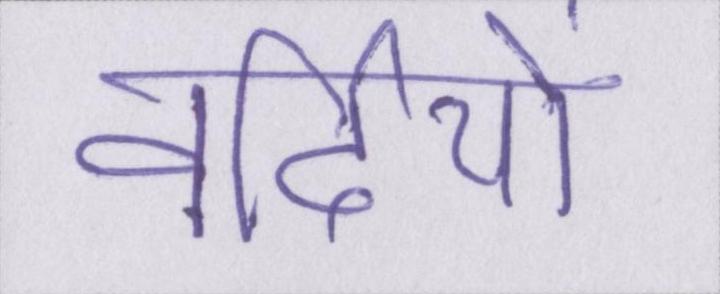
वर्दियों